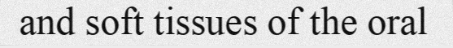
and soft tissues of the oral